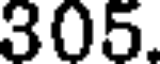
305.